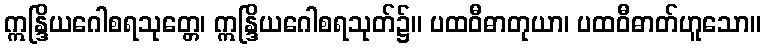
ဣန္ဒြိယဂေါစရသုတ္တေ၊ ဣန္ဒြိယဂေါစရသုတ်၌။ ပထဝီဓာတုယာ၊ ပထဝီဓာတ်ဟူသော။